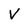
Character: v